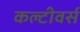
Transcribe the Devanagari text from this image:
कल्टीवर्स